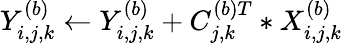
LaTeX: Y_{i,j,k}^{(b)}\gets Y_{i,j,k}^{(b)}+C_{j,k}^{(b)T}*X_{i,j,k}^{(b)}